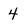
Character: 4